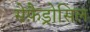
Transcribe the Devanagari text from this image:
सेफ़ैड्रोसिल